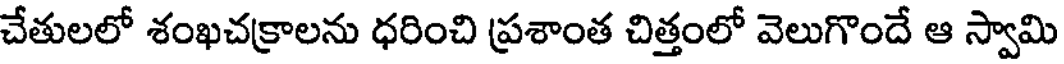
చేతులలో శంఖచక్రాలను ధరించి ప్రశాంత చిత్తంలో వెలుగొందే ఆ స్వామి